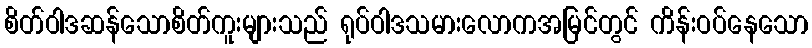
စိတ်ဝါဒဆန်သောစိတ်ကူးများသည် ရုပ်ဝါဒသမားလောကအမြင်တွင် ကိန်းဝပ်နေသော